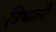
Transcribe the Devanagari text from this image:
त्रिभांतरी